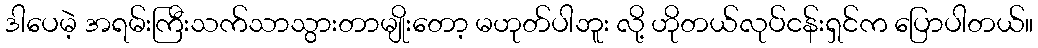
ဒါပေမဲ့ အရမ်းကြီးသက်သာသွားတာမျိုးတော့ မဟုတ်ပါဘူး လို့ ဟိုတယ်လုပ်ငန်းရှင်က ပြောပါတယ်။